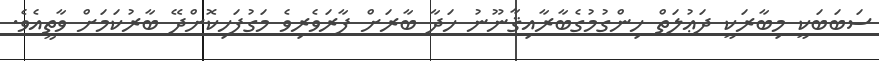
ސަބަބަކީ މިބާރަކީ ދަޢުލަތް ހިންގުމުގެބާރާއިޤާނޫނު ހަދާ ބާރަށް ފާރަވެރިވެ މަގުފަހިކޮށްދޭ ބާރުކަމަށް ވާތީއެވެ.